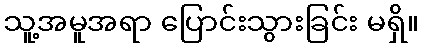
သူ့အမူအရာ ပြောင်းသွားခြင်း မရှိ။